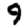
Digit: 9